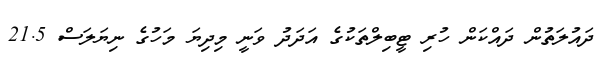
ދައުލަތުން ދައްކަން ހުރި ޓީބިލްތަކުގެ އަދަދު ވަނީ މިދިޔަ މަހުގެ ނިޔަލަސް 21.5